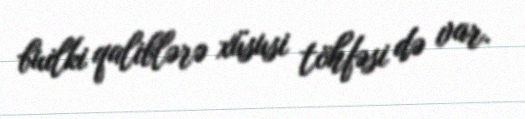
builki qaliblərə xüsusi töhfəsi də var.